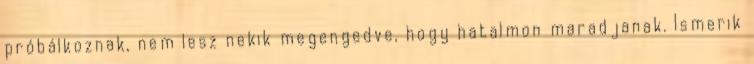
próbálkoznak, nem lesz nekik megengedve, hogy hatalmon maradjanak. Ismerik